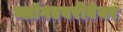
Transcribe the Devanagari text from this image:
ब्लॉगएवरीवेयर